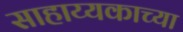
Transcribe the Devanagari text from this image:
साहाय्यकाच्या